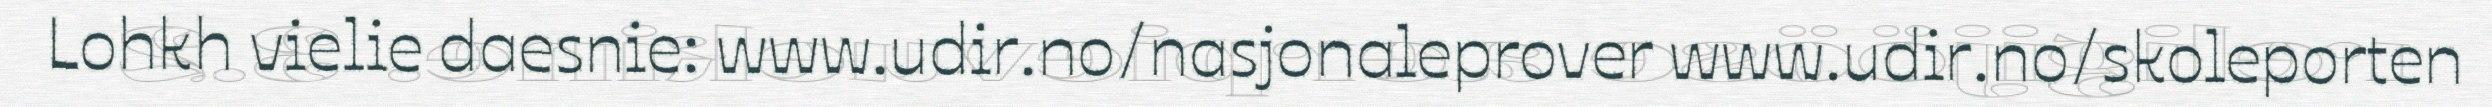
Lohkh vielie daesnie: www.udir.no/nasjonaleprover www.udir.no/skoleporten